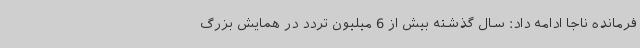
فرمانده ناجا ادامه داد: سال گذشته بیش از 6 میلیون تردد در همایش بزرگ